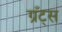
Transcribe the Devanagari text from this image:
ग्रँट्स